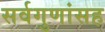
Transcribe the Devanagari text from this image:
सर्वगुणांसह